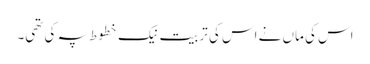
اس کی ماں نے اس کی تربیت نیک خطوط پہ کی تھی۔